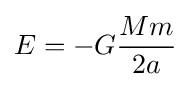
E=-G{\frac {Mm}{2a}}